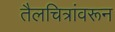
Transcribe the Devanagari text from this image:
तैलचित्रांवरून